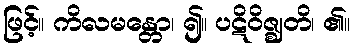
ဖြင့်။ ကိလမန္တော၊ ၍။ ပဋိဝိဇ္ဈတိ၊ ၏။